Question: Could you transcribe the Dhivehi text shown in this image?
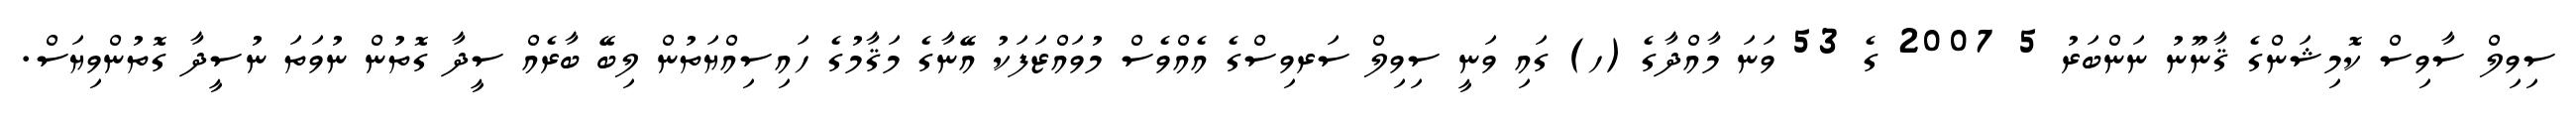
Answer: ސިވިލް ސާވިސް ކޮމިޝަންގެ ޤާނޫނު ނަންބަރު 5 2007 ގެ 53 ވަނަ މާއްދާގެ (ހ) ގައި ވަނީ ސިވިލް ސަރވިސްގެ އެއްވެސް މުވައްޒަފަކު އޭނާގެ މަޤާމުގެ ހައިސިއްޔަތުން ލިބޭ ބާރެއް ސީދާ ގޮތުން ނުވަތަ ނުސީދާ ގޮތުންވިޔަސް.